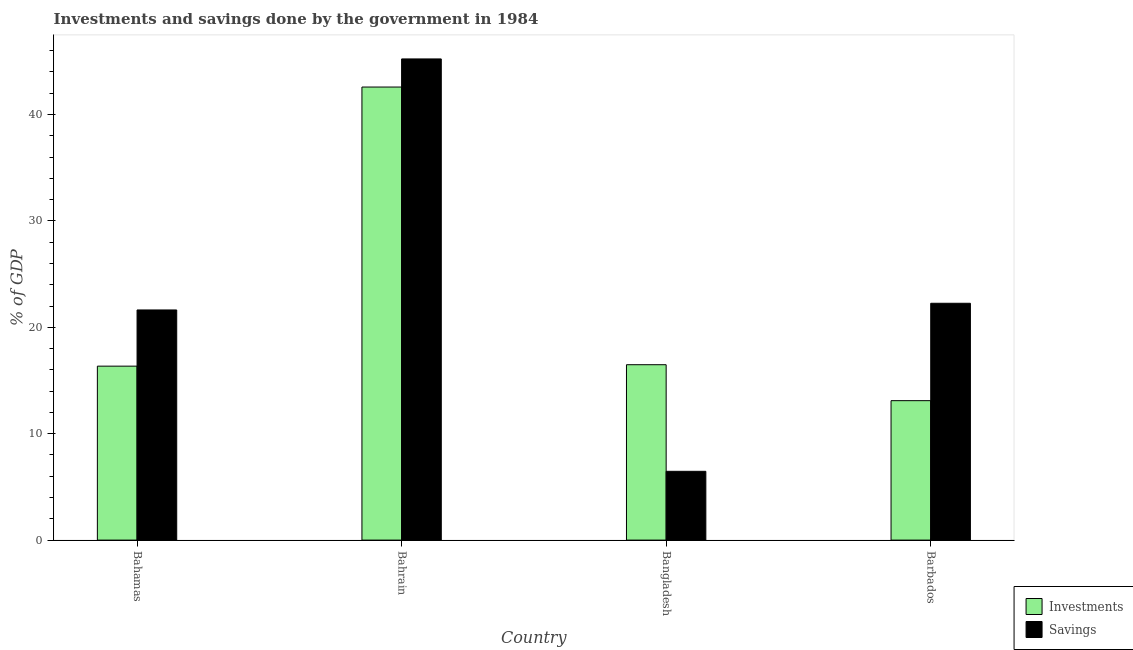
| Country | Investments | Savings |
 | --- | --- | --- |
 | Bahamas | 16.3 | 21.6 |
 | Bahrain | 42.6 | 45.2 |
 | Bangladesh | 16.5 | 6.47 |
 | Barbados | 13.1 | 22.3 |